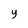
Character: Y